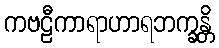
ကဗဠီကာရာဟာရဘက္ခန္တိ